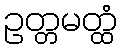
ဥတ္တမတ္ထံ